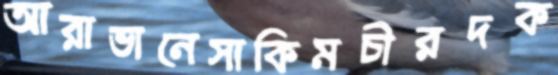
আরাভানেসাকিমচীরদক